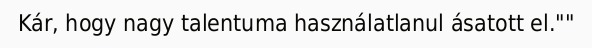
Kár, hogy nagy talentuma használatlanul ásatott el.""